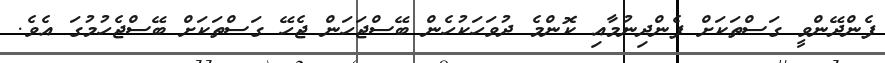
ފެންދޭންވީ ގަސްތަކަށް ފެންދިނުމާއި ކޮންމެ ދުވަހަކުހެން ބޭސްޖަހަން ޖެހޭ ގަސްތަކަށް ބޭސްޖެހުމުގަ އެވެ.